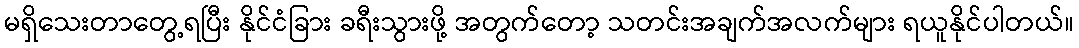
မရှိသေးတာတွေ့ရပြီး နိုင်ငံခြား ခရီးသွားဖို့ အတွက်တော့ သတင်းအချက်အလက်များ ရယူနိုင်ပါတယ်။